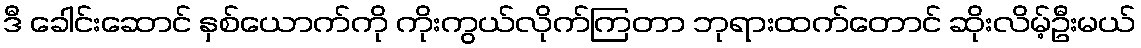
ဒီ ခေါင်းဆောင် နှစ်ယောက်ကို ကိုးကွယ်လိုက်ကြတာ ဘုရားထက်တောင် ဆိုးလိမ့်ဦးမယ်